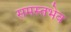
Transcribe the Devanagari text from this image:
समस्तभेव